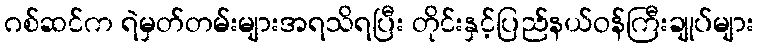
ဂစ်ဆင်က ရဲမှတ်တမ်းများအရသိရပြီး တိုင်းနှင့်ပြည်နယ်ဝန်ကြီးချုပ်များ